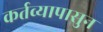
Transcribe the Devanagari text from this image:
कर्तव्यापासुन